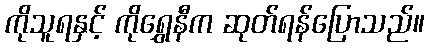
ကိုသူရနှင့် ကိုရွှေနီက ဆုတ်ရန်ပြောသည်။